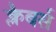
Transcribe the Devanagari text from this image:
क्लैबर्स